Annual administration and progress report of the Indian Medical Department, Bombay
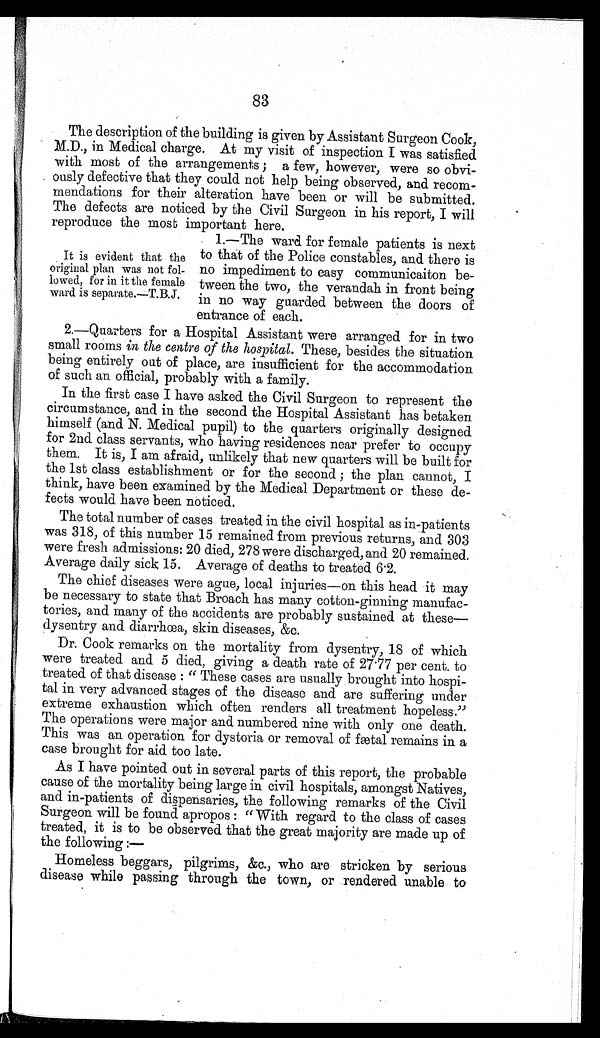
83
The description of the building is given by Assistant Surgeon Cook,
M.D., in Medical charge. At my visit of inspection I was satisfied
with most of the arrangements ; a few, however, were so obvi-
ously defective that they could not help being observed, and recom-
mendations for their alteration have been or will be submitted.
The defects are noticed by the Civil Surgeon in his report, I will
reproduce the most important here.
It is evident that the
original plan was not fol-
lowed, for in it the female
ward is separate.—T.B.J.
1.—The ward for female patients is next
to that of the Police constables, and there is
no impediment to easy communicaiton be-
tween the two, the verandah in front being
in no way guarded between the doors of
entrance of each.
2.—Quarters for a Hospital Assistant were arranged for in two
small rooms in the centre of the hospital. These, besides the situation
being entirely out of place, are insufficient for the accommodation
of such an official, probably with a family.
In the first case I have asked the Civil Surgeon to represent the
circumstance, and in the second the Hospital Assistant has betaken
himself (and N. Medical pupil) to the quarters originally designed
for 2nd class servants, who having residences near prefer to occupy
them. It is, I am afraid, unlikely that new quarters will be built for
the 1st class establishment or for the second ; the plan cannot, I
think, have been examined by the Medical Department or these de-
fects would have been noticed.
The total number of cases treated in the civil hospital as in-patients
was 318, of this number 15 remained from previous returns, and 303
were fresh admissions: 20 died, 278 were discharged, and 20 remained.
Average daily sick 15. Average of deaths to treated 6.2.
The chief diseases were ague, local injuries—on this head it may
be necessary to state that Broach has many cotton-ginning manufac-
tories, and many of the accidents are probably sustained at these-
dysentry and diarrhœa, skin diseases, &c.
Dr. Cook remarks on the mortality from dysentry, 18 of which
were treated and 5 died, giving a death rate of 27.77 per cent. to
treated of that disease : " These cases are usually brought into hospi-
tal in very advanced stages of the disease and are suffering under
extreme exhaustion which often renders all treatment hopeless."
The operations were major and numbered nine with only one death.
This was an operation for dystoria or removal of fætal remains in a
case brought for aid too late.
As I have pointed out in several parts of this report, the probable
cause of the mortality being large in civil hospitals, amongst Natives,
and in-patients of dispensaries, the following remarks of the Civil
Surgeon will be found apropos : "With regard to the class of cases
treated, it is to be observed that the great majority are made up of
the following :—
Homeless beggars, pilgrims, &c., who are stricken by serious
disease while passing through the town, or rendered unable to